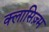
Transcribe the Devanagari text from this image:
क्लासिज़्म